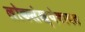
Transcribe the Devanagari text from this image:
लोकसंख्येबाबत